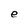
Character: e